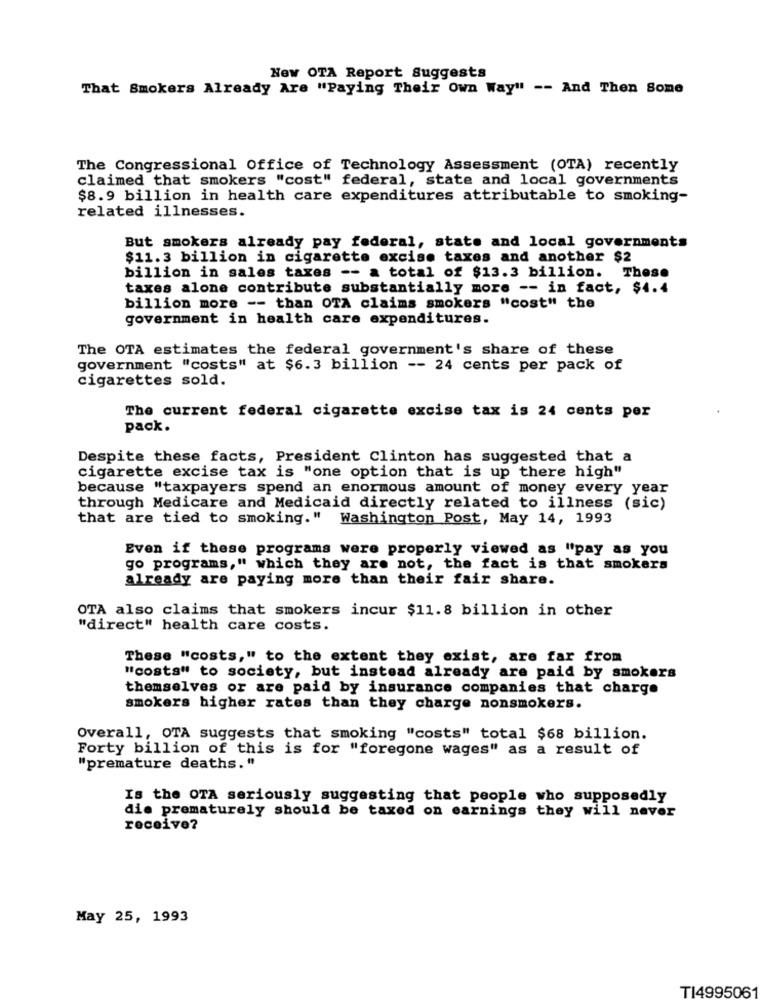
New OTA Report Suggests
That Smokers Already Are "Paying Their Own Way" -- And Then Some
The Congressional Office of Technology Assessment (OTA) recently
claimed that smokers "cost" federal, state and local governments
$8.9 billion in health care expenditures attributable to smoking-
related illnesses.
But smokers already pay federal, state and local governments
$11.3 billion in cigarette excise taxes and another $2
billion in sales taxes -- a total of $13.3 billion. These
taxes alone contribute substantially more -- in fact, $4.4
billion more -- than OTA claims smokers "cost" the
government in health care expenditures.
The OTA estimates the federal government's share of these
government "costs" at $6.3 billion -- 24 cents per pack of
cigarettes sold.
The current federal cigarette excise tax is 24 cents per
pack.
Despite these facts, President Clinton has suggested that a
cigarette excise tax is "one option that is up there high"
because "taxpayers spend an enormous amount of money every year
through Medicare and Medicaid directly related to illness (sic)
that are tied to smoking." Washington Post, May 14, 1993
Even if these programs were properly viewed as "pay as you
go programs," which they are not, the fact is that smokers
already are paying more than their fair share.
OTA also claims that smokers incur $11.8 billion in other
"direct" health care costs.
These "costs," to the extent they exist, are far from
"costs" to society, but instead already are paid by smokers
themselves or are paid by insurance companies that charge
smokers higher rates than they charge nonsmokers.
Overall, OTA suggests that smoking "costs" total $68 billion.
Forty billion of this is for "foregone wages" as a result of
"premature deaths."
Is the OTA seriously suggesting that people who supposedly
die prematurely should be taxed on earnings they will never
receive?
May 25, 1993
TI4995061